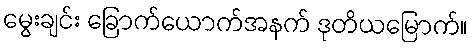
မွေးချင်း ခြောက်ယောက်အနက် ဒုတိယမြောက်။